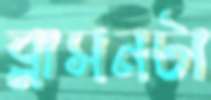
ব্লাসনটা